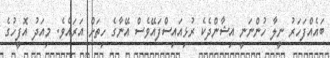
ބައެއްފަހަރު ނީލާ ހުންނަނީ އިޝާންދެކެ ރުޅިއައިސްފައޭވެސް އޭނާގެ ހިތަށް އަރައެވެ. މިއަދު އޮފީހުގެ